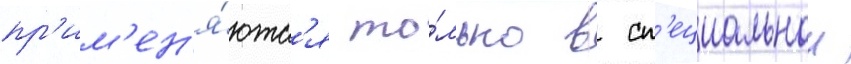
пр'им'ен'я́ютс'я то́лько в сп'ециальнои